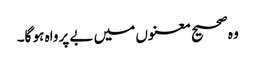
وہ صحیح معنوں میں‌ بے پرواہ ہو گا۔